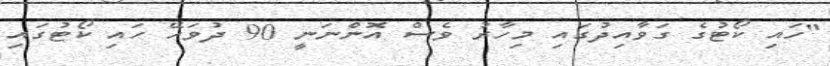
"ހައި ކޯޓުގެ ގަވާއިދުގައި މިހާރު ވެސް އޮންނަނީ 90 ދުވަހޭ ހައި ކޯޓުގައި